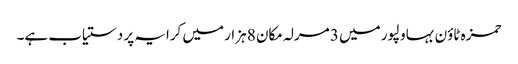
حمزہ ٹاؤن بہاولپور میں 3 مرلہ مکان 8 ہزار میں کرایہ پر دستیاب ہے۔